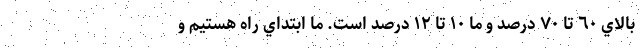
بالاي ٦٠ تا ٧٠ درصد و ما ١٠ تا ١٢ درصد است. ما ابتداي راه هستيم و